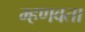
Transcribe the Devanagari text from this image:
म्हणवता